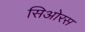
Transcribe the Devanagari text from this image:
सिओरस